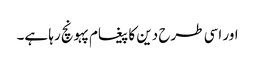
اور اسی طرح دین کا پیغام پہونچ رہا ہے۔